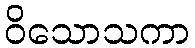
ဝိသောသကာ